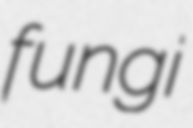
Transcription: fungi